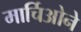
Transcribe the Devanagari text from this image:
मार्चिओने